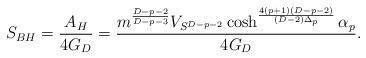
LaTeX: \begin{align*}S_{BH}={{A_H}\over{4G_D}}={{m^{{D-p-2}\over{D-p-3}}V_{S^{D-p-2}}\cosh^{{4(p+1)(D-p-2)}\over{(D-2)\Delta_p}}\alpha_p}\over{4G_D}}.\end{align*}